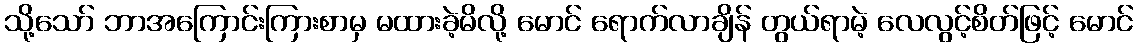
သို့သော် ဘာအကြောင်းကြားစာမှ မထားခဲ့မိလို့ မောင် ရောက်လာချိန် တွယ်ရာမဲ့ လေလွင့်စိတ်ဖြင့် မောင်